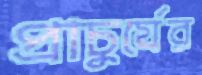
প্রাচুর্যের